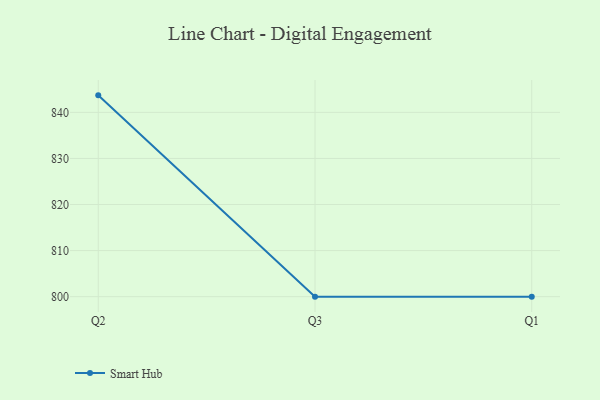
{"axis": {"x": "Quarter", "y": "Net Income (USD K)"}, "legend": ["Smart Hub"], "data": [{"x": "Q2", "y": 843.7, "type": "Smart Hub"}, {"x": "Q3", "y": 800, "type": "Smart Hub"}, {"x": "Q1", "y": 800, "type": "Smart Hub"}]}